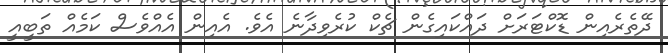
ދޭތެރެއިން ޑޮކްޓަރަށް ދައްކައިގެން ޗެކް ކުރެވިދާނެ އެވެ. އެއިން އެއްވެސް ކަމެއް ތަބީއީ